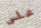
على